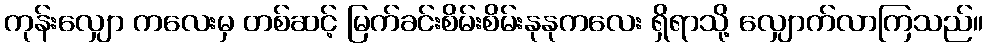
ကုန်းလျှော ကလေးမှ တစ်ဆင့် မြက်ခင်းစိမ်းစိမ်းနုနုကလေး ရှိရာသို့ လျှောက်လာကြသည်။